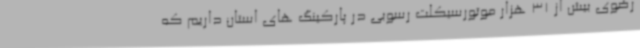
رضوی بیش از 31 هزار موتورسیکلت رسوبی در پارکینگ های استان داریم که